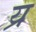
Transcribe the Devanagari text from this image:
य्र